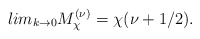
\begin{align*}lim_{k\rightarrow0}M_{\chi}^{(\nu)}=\chi(\nu+1/2).\end{align*}